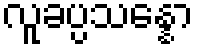
လူခပ္ပသန္နော